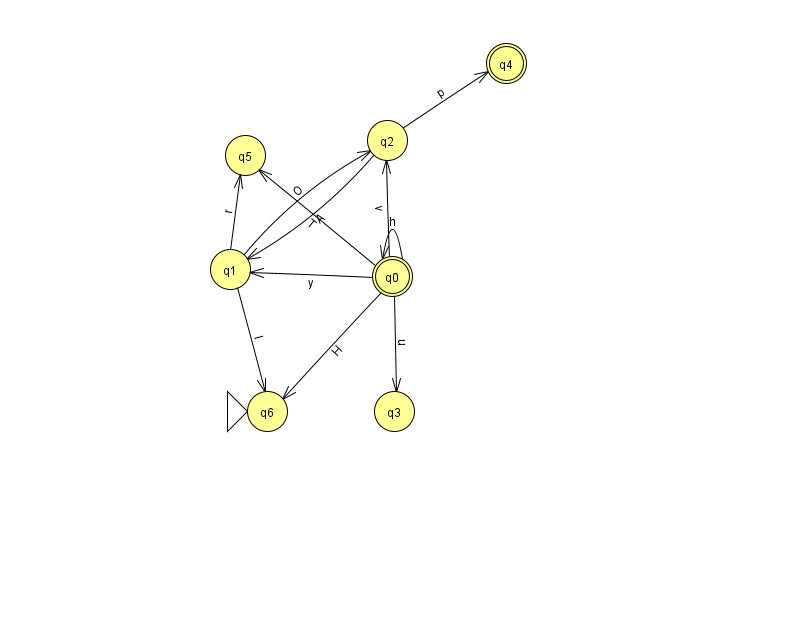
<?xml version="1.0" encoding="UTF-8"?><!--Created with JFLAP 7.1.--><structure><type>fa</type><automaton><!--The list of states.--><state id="0" name="q0"><x>392.0</x><y>263.0</y><final/></state><state id="1" name="q1"><x>230.0</x><y>256.0</y></state><state id="2" name="q2"><x>387.0</x><y>127.0</y></state><state id="3" name="q3"><x>394.0</x><y>398.0</y></state><state id="4" name="q4"><x>506.0</x><y>50.0</y><final/></state><state id="5" name="q5"><x>245.0</x><y>142.0</y></state><state id="6" name="q6"><x>267.0</x><y>398.0</y><initial/></state><!--The list of transitions.--><transition><from>1</from><to>5</to><read>r</read></transition><transition><from>1</from><to>2</to><read>O</read></transition><transition><from>1</from><to>6</to><read>l</read></transition><transition><from>0</from><to>1</to><read>y</read></transition><transition><from>0</from><to>3</to><read>u</read></transition><transition><from>2</from><to>4</to><read>p</read></transition><transition><from>0</from><to>2</to><read>v</read></transition><transition><from>0</from><to>0</to><read>h</read></transition><transition><from>0</from><to>5</to><read>T</read></transition><transition><from>0</from><to>6</to><read>H</read></transition><transition><from>2</from><to>1</to><read>A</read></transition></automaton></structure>